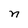
Character: n